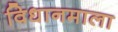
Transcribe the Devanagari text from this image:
विधानमाला